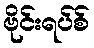
ဗိုင်းရပ်စ်